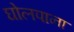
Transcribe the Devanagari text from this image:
घोलपाना